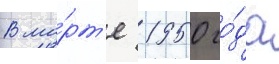
В ма́рт'е 1950 го́да